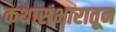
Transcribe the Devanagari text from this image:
कथासंभारातून